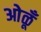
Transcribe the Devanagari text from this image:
ओळूँ